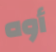
أوه